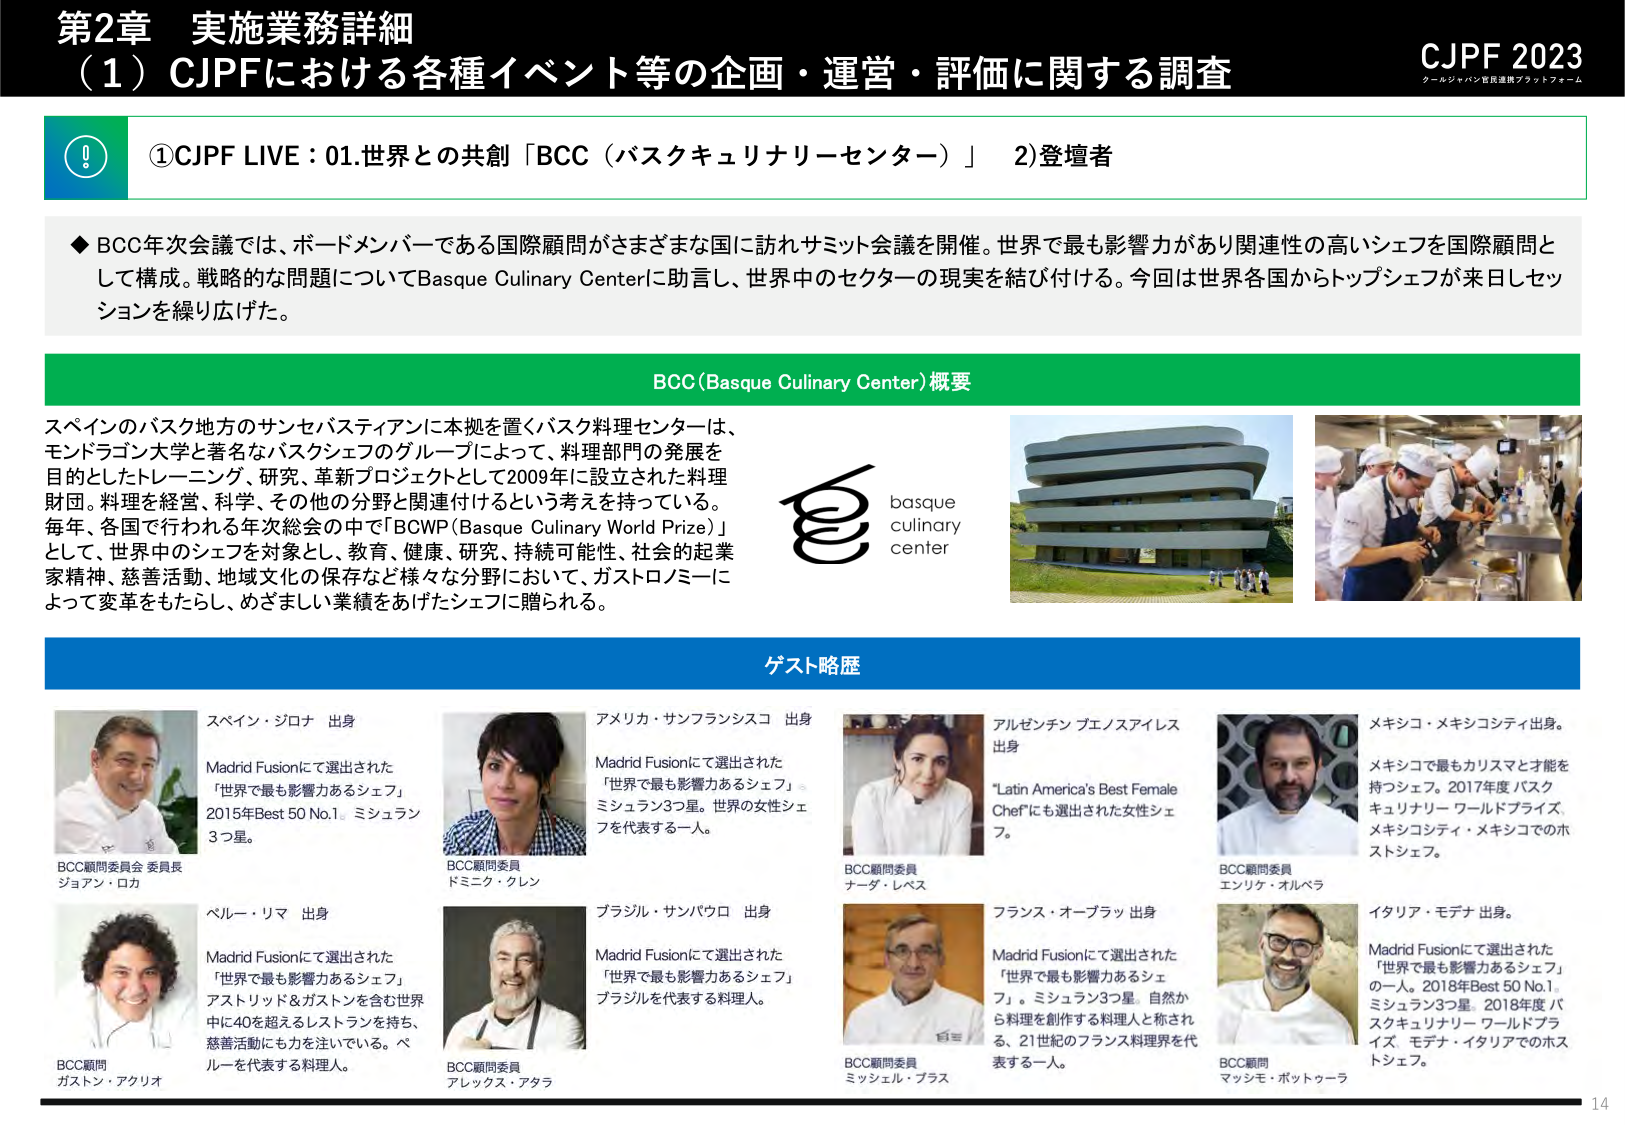
第2章 実施業務詳細
（1）CJPFにおける各種イベント等の企画・運営・評価に関する調査

CJPF 2023
クールジャパン官民連携プラットフォーム

①CJPF LIVE：01.世界との共創「BCC（バスクキュリナリーセンター）」 2)登壇者

◆BCC年次会議では、ボードメンバーである国際顧問がさまざまな国に訪れサミット会議を開催。世界で最も影響力があり関連性の高いシェフを国際顧問として構成。戦略的な問題についてBasque Culinary Centerに助言し、世界中のセクターの現実を結び付ける。今回は世界各国からトップシェフが来日しセッションを繰り広げた。

BCC(Basque Culinary Center)概要

スペインのバスク地方のサンセバスティアンに本拠を置くバスク料理センターは、
モンドラゴン大学と著名なバスクシェフのグループによって、料理部門の発展を
目的としたトレーニング、研究、革新プロジェクトとして2009年に設立された料理
財団。料理を経営、科学、その他の分野と関連付けるという考えを持っている。
毎年、各国で行われる年次総会の中で「BCWP(Basque Culinary World Prize)」
として、世界中のシェフを対象とし、教育、健康、研究、持続可能性、社会的起業
家精神、慈善活動、地域文化の保存など様々な分野において、ガストロノミーに
よって変革をもたらし、めざましい業績をあげたシェフに贈られる。

basque
culinary
center

ゲスト略歴

スペイン・ジロナ 出身
Madrid Fusionにて選出された
「世界で最も影響力あるシェフ」
2015年Best 50 No.1。ミシュラン
3つ星。
BCC顧問委員会 委員長
ジョアン・ロア

アメリカ・サンフランシスコ 出身
Madrid Fusionにて選出された
「世界で最も影響力あるシェフ」
ミシュラン3つ星。世界の女性シェフを代表する一人。
BCC顧問委員
ドミニク・クレン

アルゼンチン ブエノスアイレス
出身
"Latin America's Best Female
Chef"にも選出された女性シェフ。
BCC顧問委員
ナーダ・レベス

メキシコ・メキシコシティ出身。
メキシコで最もカリスマと才能を
持つシェフ。2017年度 バスク
キュリナリー ワールドプライズ。
メキシコシティ・メキシコでのホ
ストシェフ。
BCC顧問委員
エンリケ・オルベラ

ペルー・リマ 出身
Madrid Fusionにて選出された
「世界で最も影響力あるシェフ」
アストリッド＆ガストンを含む世界
中に40を超えるレストランを持ち、
慈善活動にも力を注いでいる。ペ
ルーを代表する料理人。
BCC顧問
ガストン・アクリオ

ブラジル・サンパウロ 出身
Madrid Fusionにて選出された
「世界で最も影響力あるシェフ」
ブラジルを代表する料理人。
BCC顧問委員
アレックス・アタラ

フランス・オーブラッ 出身
Madrid Fusionにて選出された
「世界で最も影響力あるシェフ」。ミシュラン3つ星。自然か
ら料理を創作する料理人と称され
る、21世紀のフランス料理界を代
表する一人。
BCC顧問委員
ミッシェル・プラス

イタリア・モデナ 出身。
Madrid Fusionにて選出された
「世界で最も影響力あるシェフ」
の一人。2018年Best 50 No.1。
ミシュラン3つ星。2018年度 バ
スクキュリナリー ワールドプライズ。モデナ・イタリアでのホス
トシェフ。
BCC顧問
マッシモ・ボットゥーラ

14